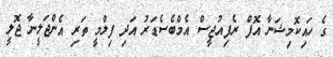
ގެ ހައިކޮމިޝަނާ އޮފް ރެފިއުޖީސް އެމްބެސެޑަރު އަދި ފިލްމީ ތަރި އެންޖަލީނާ ޖޮލީ